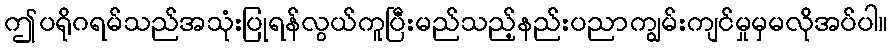
ဤပရိုဂရမ်သည်အသုံးပြုရန်လွယ်ကူပြီးမည်သည့်နည်းပညာကျွမ်းကျင်မှုမှမလိုအပ်ပါ။